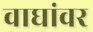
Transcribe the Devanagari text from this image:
वाघांवर